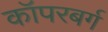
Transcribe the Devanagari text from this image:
कॉपरबर्ग